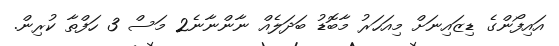
އައިފޯންގެ ޑިޒައިނަށް މިއަހަރު މާބޮޑު ބަދަލެއް ނާންނާނެ2 މަސް 3 ހަފްތާ ކުރިން.